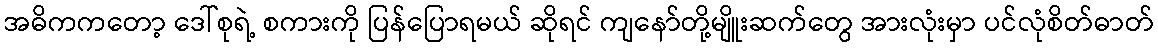
အဓိကကတော့ ဒေါ်စုရဲ့ စကားကို ပြန်ပြောရမယ် ဆိုရင် ကျနော်တို့မျိူးဆက်တွေ အားလုံးမှာ ပင်လုံစိတ်ဓာတ်